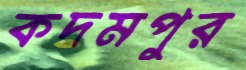
কদমপুর